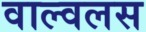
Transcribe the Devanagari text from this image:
वाल्वलस